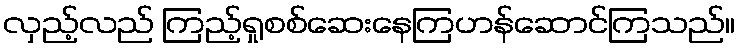
လှည့်လည် ကြည့်ရှုစစ်ဆေးနေကြဟန်ဆောင်ကြသည်။